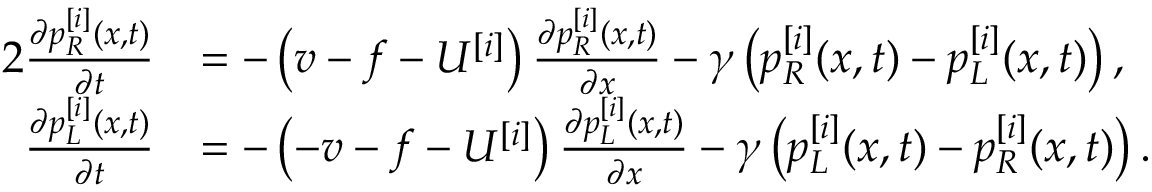
\begin{array} { r l } { { 2 } \frac { \partial p _ { R } ^ { [ i ] } ( x , t ) } { \partial t } } & { = - \left( v - f - U ^ { [ i ] } \right) \frac { \partial p _ { R } ^ { [ i ] } ( x , t ) } { \partial x } - \gamma \left( p _ { R } ^ { [ i ] } ( x , t ) - p _ { L } ^ { [ i ] } ( x , t ) \right) , } \\ { \frac { \partial p _ { L } ^ { [ i ] } ( x , t ) } { \partial t } } & { = - \left( - v - f - U ^ { [ i ] } \right) \frac { \partial p _ { L } ^ { [ i ] } ( x , t ) } { \partial x } - \gamma \left( p _ { L } ^ { [ i ] } ( x , t ) - p _ { R } ^ { [ i ] } ( x , t ) \right) . } \end{array}